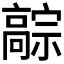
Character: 𬴚